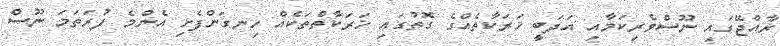
ރާއްޖޭގައި ނޫސްވެރިކަމާއި އަދަބީ ޚަރަކާތެއްގެ ގޮތުގައި ޚަރަކާތްތަކެއް ހިނގަންފެށި އެންމެ ފުރަތަމަ ނޫސް